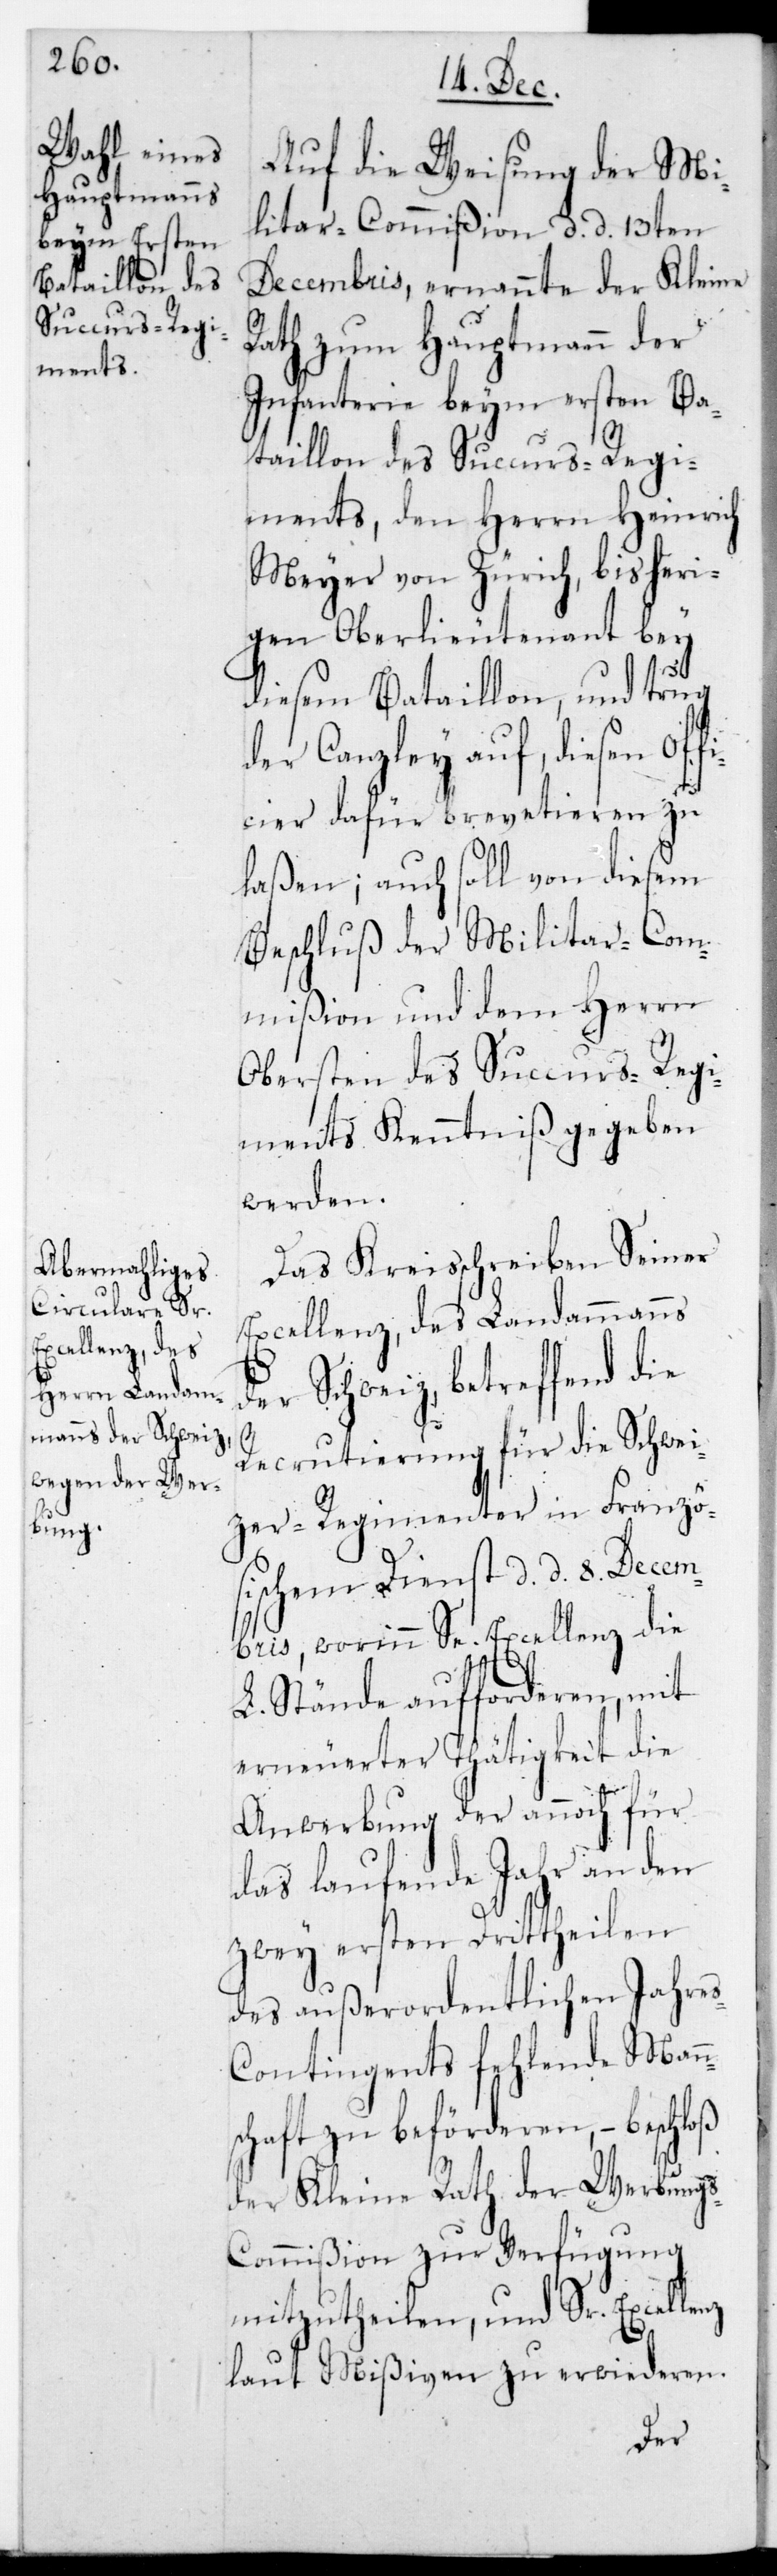
Auf die Weisung der Mi¬
litar-Commißion, d. d. 13ten
Decembris, ernannte der Kleine
Rath zum Hauptmann der
Infanterie beym Ersten Ba¬
s-C¬
taillon des Succurs-Regi¬
ments, den Herrn Heinrich
Meyer von Zürich, bisheri¬
gen Oberlieutenant bey
diesem Bataillon, und trug
der Canzley auf, diesen Off¬
icier dafür brevetieren zu
laßen; auch soll von diesem
Beschluß der Militar-Com¬
mißion und dem Herrn
Obersten des Succurs-Regi¬
ments Kenntniß gegeben
werden.
Das Kreisschreiben Seiner
Excellenz, des Landammanns
der Schweiz, betreffend die
nz
Recrutierung für die Schwei¬
zer Regimenter in Französ¬
ischem Dienst, d. d. 8ten Decem¬
bris, worin Se. Excellenz die
L. Stände aufforderen, mit
erneuereter Thätigkeit die
Anwerbung der annoch für
das laufende Jahr an den
zwey ersten Dritttheilen
des außerordentlichen Jahre¬
ontingents fehlende Mann¬
schaft zu beförderen, – beschloß
der Kleine Rath, der Werbungs¬
commißion zur Verfügung
mitzutheilen, und Sr. Excelle¬
laut Mißiven zu erwiederen.